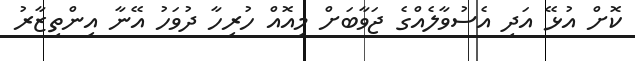
ކޮށް އުޅޭ އަދި އެސުވާލެއްގެ ޖަވާބަށް މިއޮއް ހުރިހާ ދުވަހު އޭނާ އިންތިޒާރު